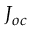
J _ { o c }